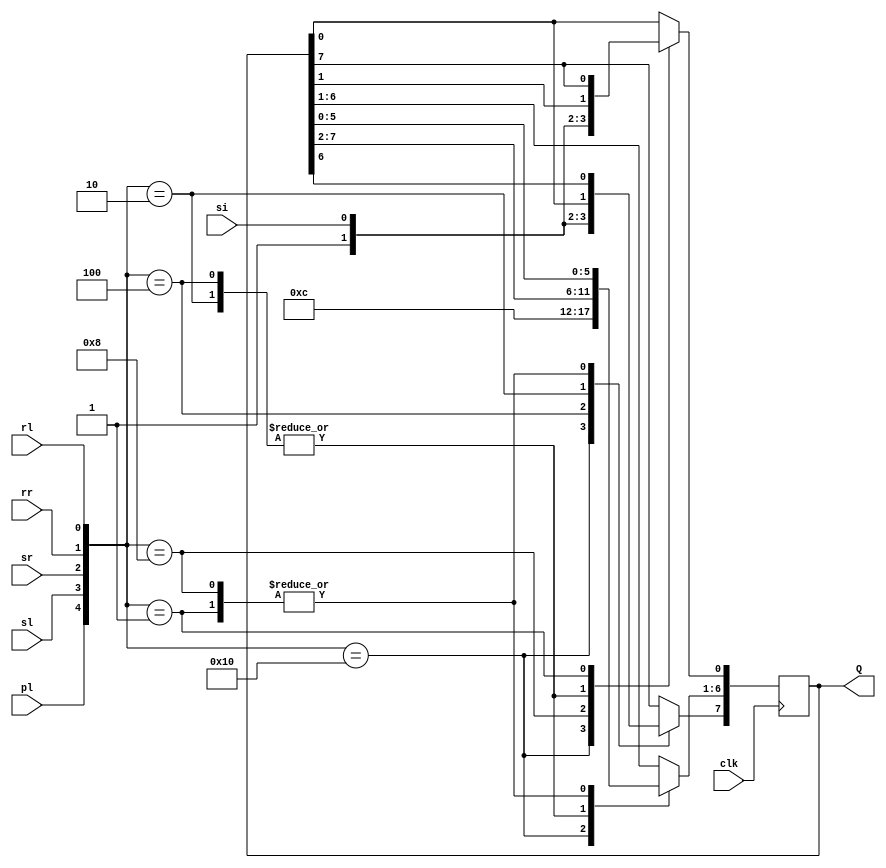
module Part7(clk, si, pl, sl, sr, rr, rl, Q);
	input clk, si, pl, sl, sr, rr, rl;
	output reg [7:0]Q = 8'b10101010;
	wire [7:0]P;
	
	assign P = 8'b10011001;
	
	always @(posedge clk)
	case ({pl, sl, sr, rr, rl})
	
	5'b10000: begin Q<=P; end
	5'b01000: begin Q<=Q<<1; Q[0]<=si; end
	5'b00100: begin Q<=Q>>1; Q[7]<=si; end
	5'b00010: begin Q<=Q>>1; Q[7]<=Q[0]; end
	5'b00001: begin Q<=Q<<1; Q[0]<=Q[7]; end
	
	endcase
	endmodule